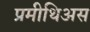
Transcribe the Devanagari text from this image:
प्रमीथिअस